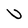
Character: U